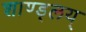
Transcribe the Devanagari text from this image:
शाण्ड्लय्